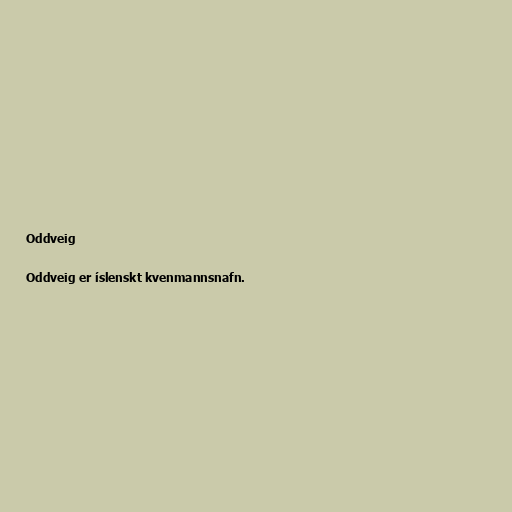
Oddveig

Oddveig er íslenskt kvenmannsnafn.